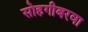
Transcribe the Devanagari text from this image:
सोहगीबरवा